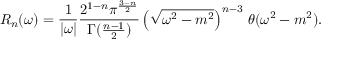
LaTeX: R _ { n } ( \omega ) = \frac { 1 } { | \omega | } \frac { 2 ^ { 1 - n } \pi ^ { \frac { 3 - n } { 2 } } } { \Gamma ( \frac { n - 1 } { 2 } ) } \left( \sqrt { \omega ^ { 2 } - m ^ { 2 } } \right) ^ { n - 3 } \, \theta ( \omega ^ { 2 } - m ^ { 2 } ) .